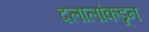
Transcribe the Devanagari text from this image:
दलालांकडून